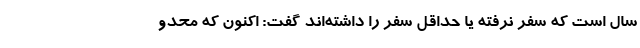
سال است که سفر نرفته یا حداقل سفر را داشته‌اند گفت: اکنون که محدو